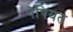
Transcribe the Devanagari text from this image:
पेषियत